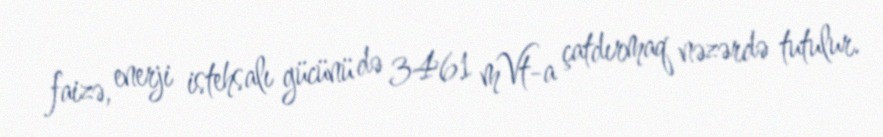
faizə, enerji istehsalı gücünü də 3461 mVt-a çatdırmaq nəzərdə tutulur.